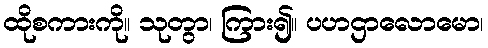
ထိုစကားကို။ သုတွာ၊ ကြား၍။ ပဟဌာလောမော၊